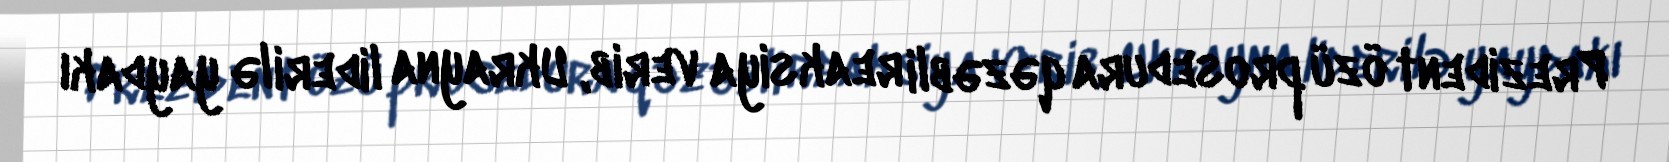
Prezident özü prosedura qəzəbli reaksiya verib, Ukrayna liderilə yaydakı